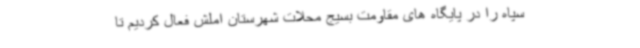
سپاه را در پایگاه های مقاومت بسیج محلات شهرستان املش فعال کردیم تا